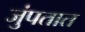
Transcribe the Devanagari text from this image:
जुंपतात